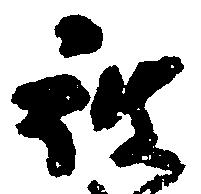
被